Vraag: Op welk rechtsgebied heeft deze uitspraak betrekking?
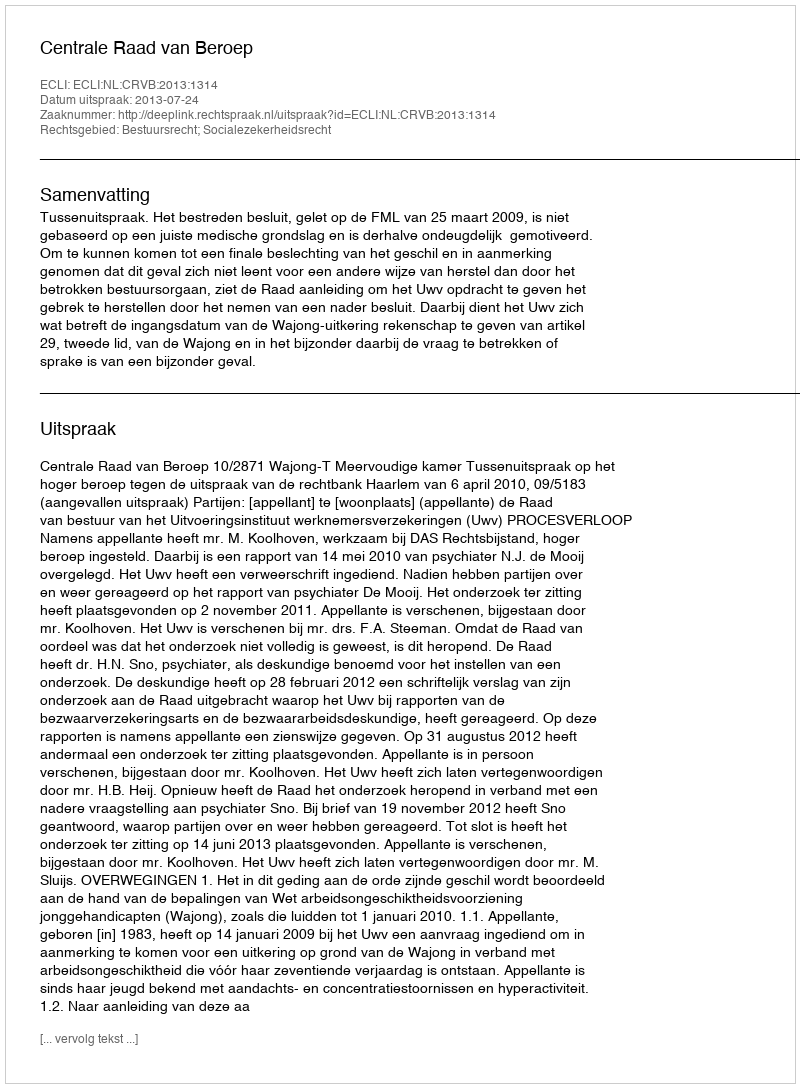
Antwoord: Bestuursrecht; Socialezekerheidsrecht